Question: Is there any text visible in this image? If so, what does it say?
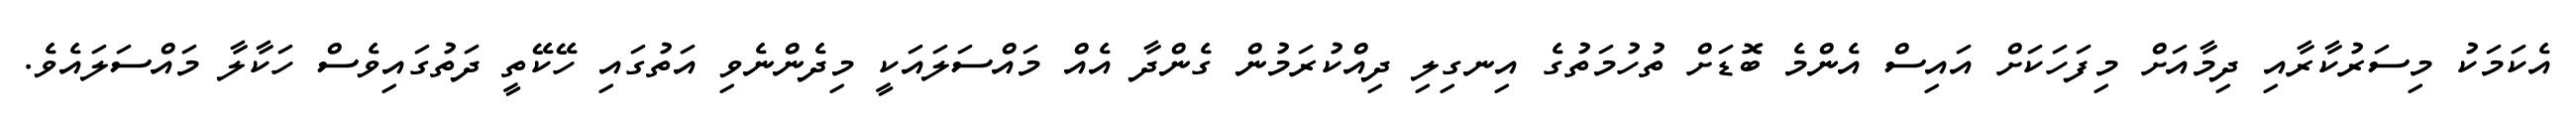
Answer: އެކަމަކު މިސަރުކާރާއި ދިމާއަށް މިފަހަކަށް އައިސް އެންމެ ބޮޑަށް ތުހުމަތުގެ އިނގިލި ދިއްކުރަމުން ގެންދާ އެއް މައްސަލައަކީ މިދެންނެވި އަތުގައި ހޭކޭތީ ދަތުގައިވެސް ހަކާލާ މައްސަލައެވެ.